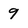
Character: 9